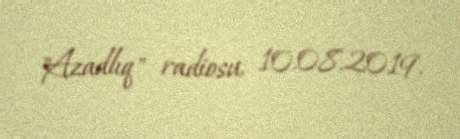
"Azadlıq" radiosu, 10.08.2019.